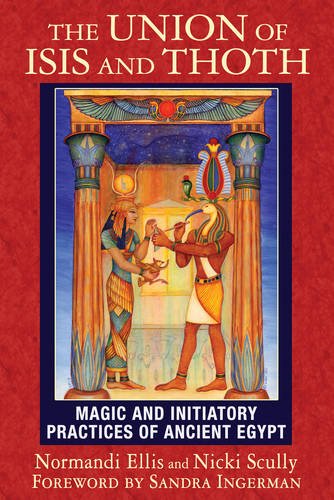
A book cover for The Union of Isis and Thoth: Magic and Initiatory Practices of Ancient Egypt; Normandi Ellis; History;